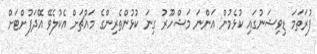
ފުރަތަމަ ޑިވިޝަނުގައި ކުޅެމުން އަންނަ މަޝްހޫރު ގިނަ ކުޅުންތެރިންގެ މައްޗަށް އެކުލެވޭ އޭދަފުށްޓަށް